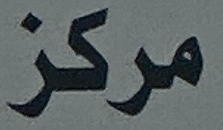
مركز